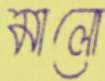
মালো